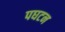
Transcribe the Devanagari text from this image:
पघटन